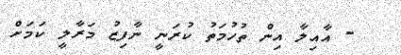
- އާއިލާ އިން ތުހުމަތު ކުރަނީ ނާފިޒު މަރާލީ ކަމަށް